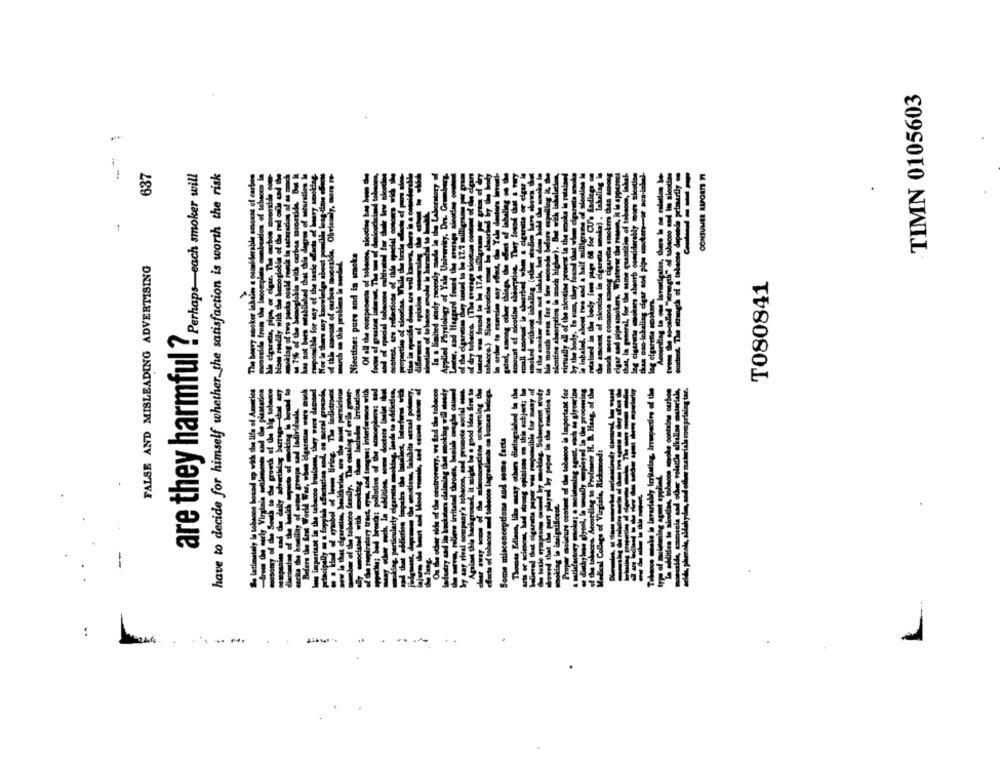
TIMN 0105603
637
are they harmful ? Perhaps each smoker will
have to decide for himself whether the satisfaction is worth the risk
tobacco and te sinotime
depende primarily
----
CONSUMER SUPORTE TI
FALSE AND MISLEADING ADVERTISING
T080841
important for
Irritating, Irrupactive of the